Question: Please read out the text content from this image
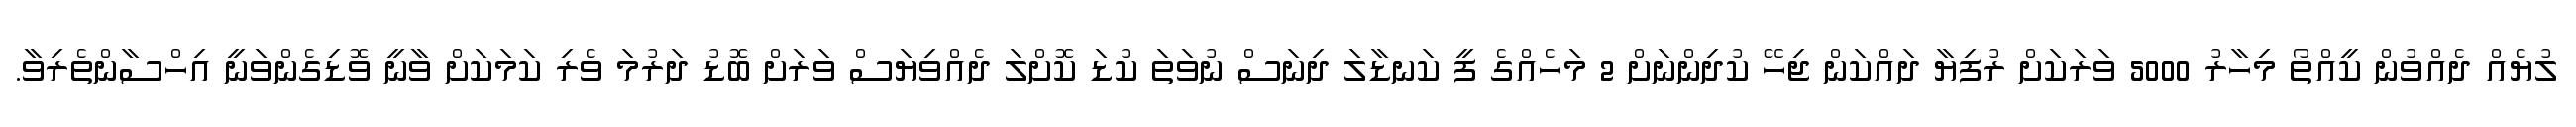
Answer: ލުޔެއް ދެއްވުން ކީއްތޯ މިހާރު 5000 ވަރަކަށް ރުފިޔާ ދައްކަން ޖިހޭ ކުދިންނަށް 2 މަހެއްގެ ފީ ކަނޑާލަ ދިނަސް ނުވަތަ ކުޑަ ކޮށްލަ ދެއްވިޔަސް ވަރަށް ބޮޑު ދަރުމަ ވެރި ކަމަކަށް ވާނީ ވޮޑިގެންވަނީ އިހްސާންތެރިވާ.